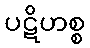
ပဋိဟစ္စ